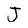
Character: J